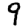
Digit: 9